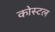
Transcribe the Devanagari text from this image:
कोस्‍टल